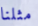
مثلنا